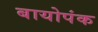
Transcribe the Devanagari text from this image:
बायोपंक